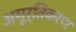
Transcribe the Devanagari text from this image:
अमूर्तिकरण